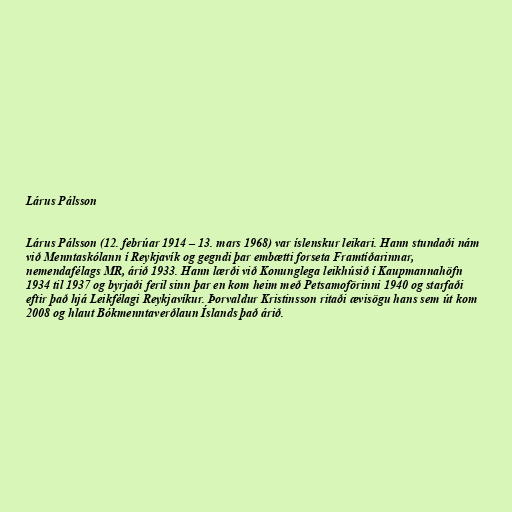
Lárus Pálsson

Lárus Pálsson (12. febrúar 1914 – 13. mars 1968) var íslenskur leikari. Hann stundaði nám
við Menntaskólann í Reykjavík og gegndi þar embætti forseta Framtíðarinnar,
nemendafélags MR, árið 1933. Hann lærði við Konunglega leikhúsið í Kaupmannahöfn
1934 til 1937 og byrjaði feril sinn þar en kom heim með Petsamoförinni 1940 og starfaði
eftir það hjá Leikfélagi Reykjavíkur. Þorvaldur Kristinsson ritaði ævisögu hans sem út kom
2008 og hlaut Bókmenntaverðlaun Íslands það árið.